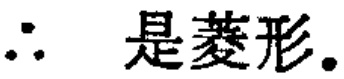
\(\therefore\) 是菱形。